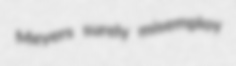
Meyers surely misemploy